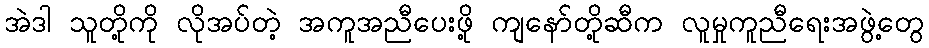
အဲဒါ သူတို့ကို လိုအပ်တဲ့ အကူအညီပေးဖို့ ကျနော်တို့ဆီက လူမှုကူညီရေးအဖွဲ့တွေ